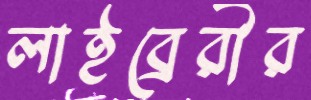
লাইব্রেরীর